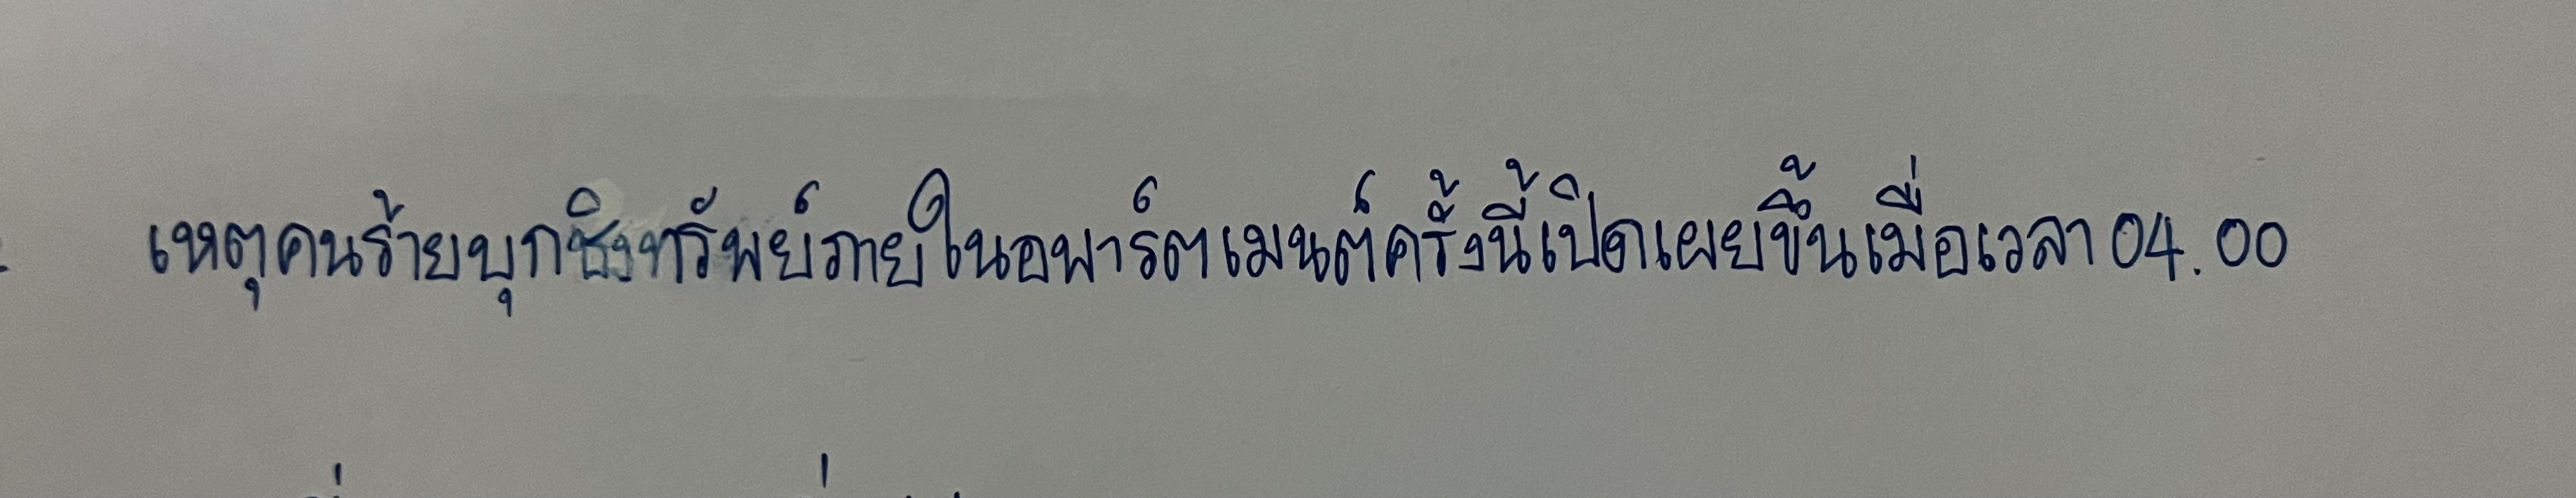
เหตุคนร้ายบุกชิงทรัพย์ภายในอพาร์ตเมนต์ครั้งนี้เปิดเผยขึ้นเมื่อเวลา04.00